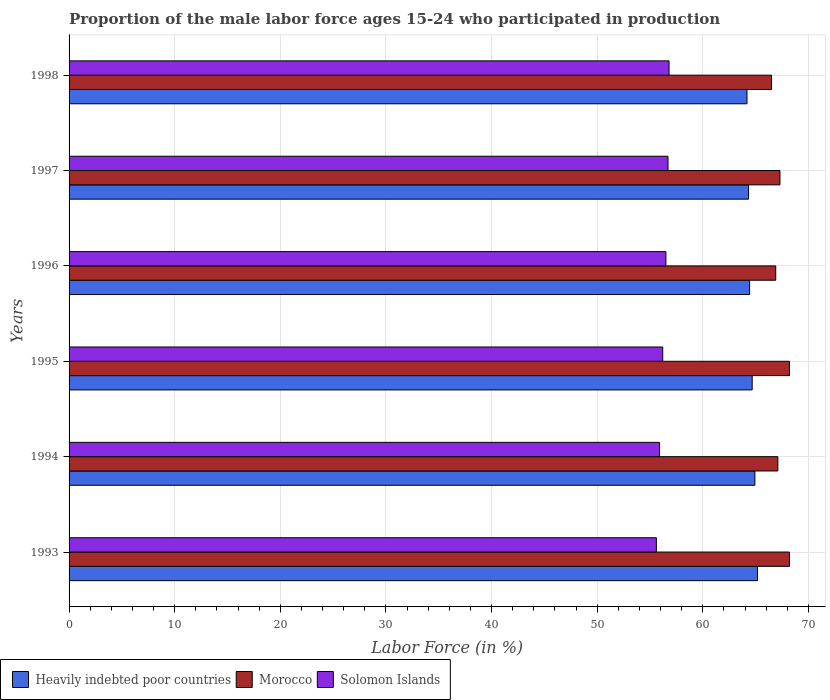
| Years | Heavily indebted poor countries | Morocco | Solomon Islands |
 | --- | --- | --- | --- |
 | 1993 | 65.2 | 68.2 | 55.6 |
 | 1994 | 64.9 | 67.1 | 55.9 |
 | 1995 | 64.7 | 68.2 | 56.2 |
 | 1996 | 64.4 | 66.9 | 56.5 |
 | 1997 | 64.3 | 67.3 | 56.7 |
 | 1998 | 64.2 | 66.5 | 56.8 |